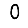
Digit: 0